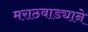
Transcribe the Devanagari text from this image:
मराठवाड्याने